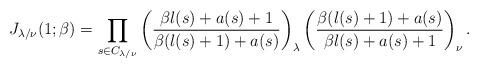
LaTeX: \begin{align*}J_{\lambda/\nu}(1;\beta)=\prod_{s\in C_{\lambda/\nu}}\left( \frac{\beta l(s)+a(s)+1}{\beta (l(s)+1)+a(s)}\right)_\lambda\left( \frac{\beta (l(s)+1)+a(s)}{\beta l(s)+a(s)+1}\right)_\nu .\end{align*}